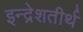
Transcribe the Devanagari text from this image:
इन्द्रेशतीर्थ